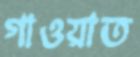
গাওয়াত